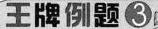
王牌例题3